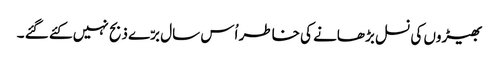
بھیڑوں کی نسل بڑھانے کی خاطر اُس سال برّے ذبح نہیں کئے گئے ۔